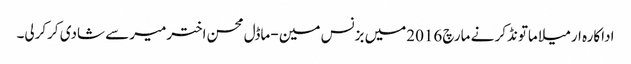
اداکارہ ارمیلا ماتونڈکر نے مارچ 2016میں بزنس مین -ماڈل محسن اخترمیرسے شادی کرکرلی۔